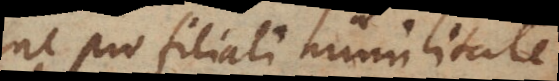
ne pro filiali humilitate